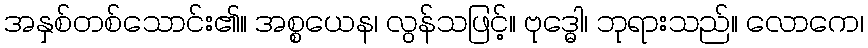
အနှစ်တစ်သောင်း၏။ အစ္စယေန၊ လွန်သဖြင့်။ ဗုဒ္ဓေါ၊ ဘုရားသည်။ လောကေ၊